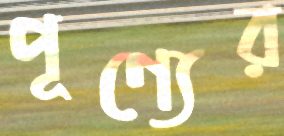
পূণ্যের